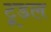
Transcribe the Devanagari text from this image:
टूडल